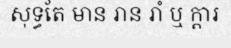
សុទ្ធតែ មាន រាន រាំ ឬ ក្តារ